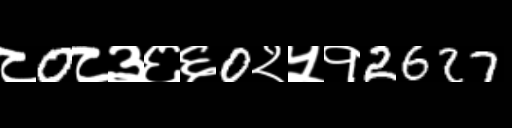
Text: ८0८३६६0२५१2627